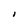
Character: I